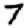
Digit: 7